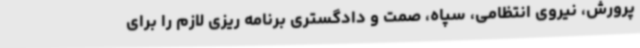
پرورش، نیروی انتظامی، سپاه، صمت و دادگستری برنامه ریزی لازم را برای